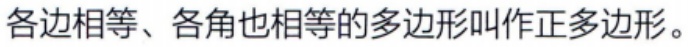
各边相等、各角也相等的多边形叫作正多边形。